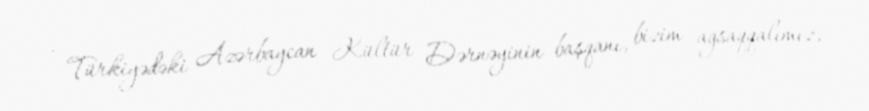
- Türkiyədəki Azərbaycan Kültür Dərnəyinin başqanı, bizim ağsaqqalımız,